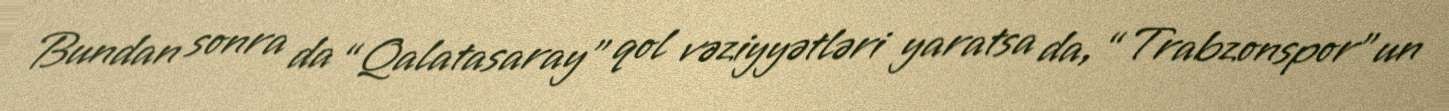
Bundan sonra da “Qalatasaray” qol vəziyyətləri yaratsa da, “Trabzonspor”un